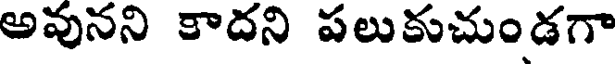
అవునని కాదని పలుకుచుండగా